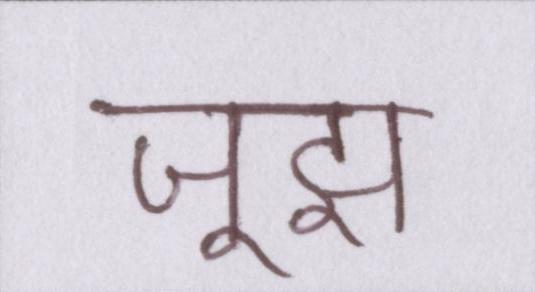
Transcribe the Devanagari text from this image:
जूझ